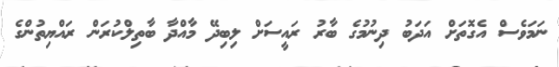
ނަމަވެސް އެގޮތަށް އަދަބު ދިނުމުގެ ބާރު ރައީސަށް ލިބިދޭ މާއްދާ ބާތިލްކުރަން ރައްޔިތުންގެ